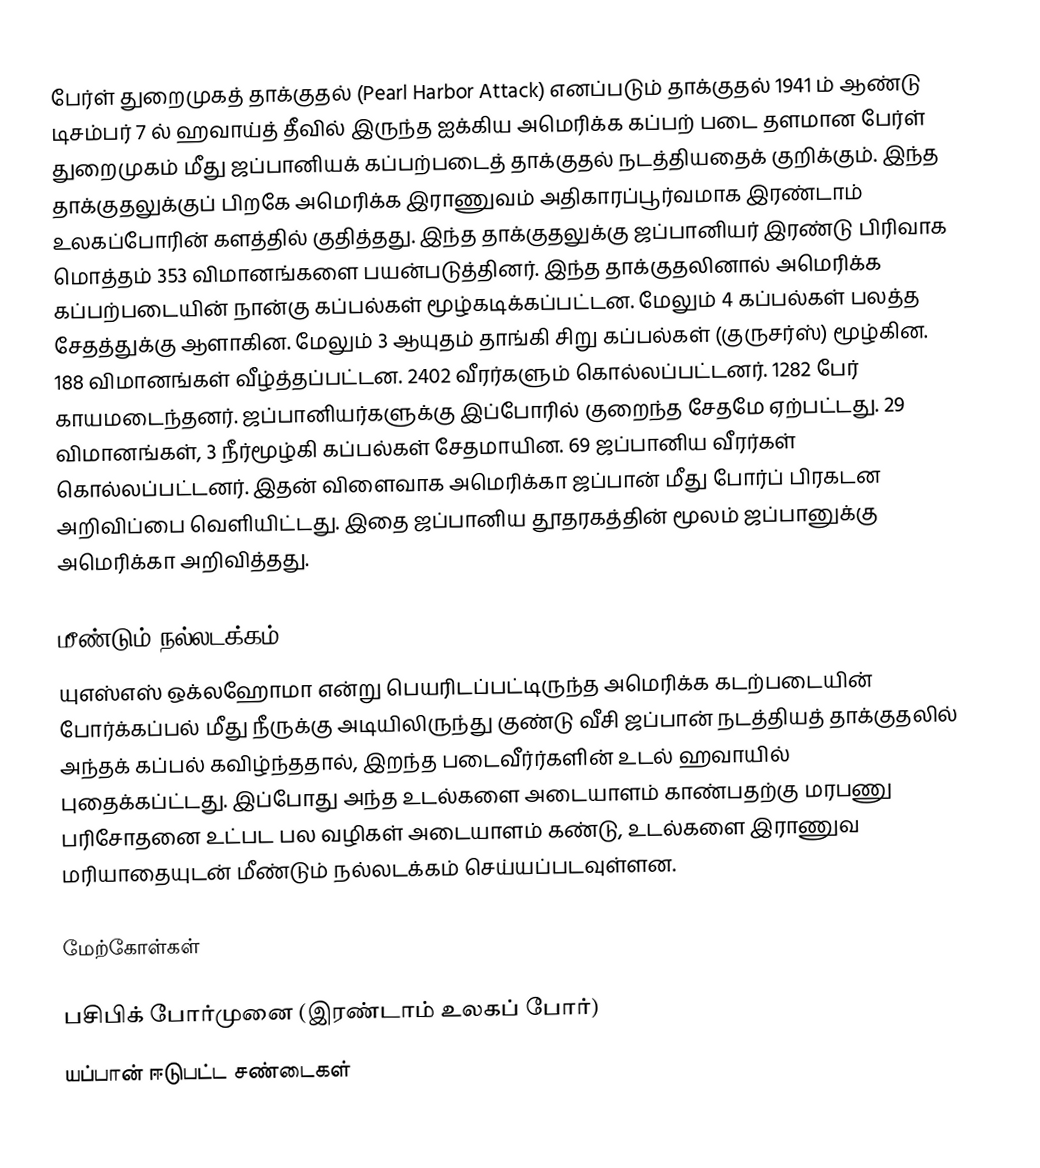
பேர்ள் துறைமுகத் தாக்குதல் (Pearl Harbor Attack) எனப்படும் தாக்குதல் 1941 ம் ஆண்டு டிசம்பர் 7 ல் ஹவாய்த் தீவில் இருந்த ஐக்கிய அமெரிக்க கப்பற் படை தளமான பேர்ள் துறைமுகம் மீது ஜப்பானியக் கப்பற்படைத் தாக்குதல் நடத்தியதைக் குறிக்கும். இந்த தாக்குதலுக்குப் பிறகே அமெரிக்க இராணுவம் அதிகாரப்பூர்வமாக இரண்டாம் உலகப்போரின் களத்தில் குதித்தது. இந்த தாக்குதலுக்கு ஜப்பானியர் இரண்டு பிரிவாக மொத்தம் 353 விமானங்களை பயன்படுத்தினர். இந்த தாக்குதலினால் அமெரிக்க கப்பற்படையின் நான்கு கப்பல்கள் மூழ்கடிக்கப்பட்டன. மேலும் 4 கப்பல்கள் பலத்த சேதத்துக்கு ஆளாகின. மேலும் 3 ஆயுதம் தாங்கி சிறு கப்பல்கள் (குருசர்ஸ்) மூழ்கின. 188 விமானங்கள் வீழ்த்தப்பட்டன. 2402 வீரர்களும் கொல்லப்பட்டனர். 1282 பேர் காயமடைந்தனர். ஜப்பானியர்களுக்கு இப்போரில் குறைந்த சேதமே ஏற்பட்டது. 29 விமானங்கள், 3 நீர்மூழ்கி கப்பல்கள் சேதமாயின. 69 ஜப்பானிய வீரர்கள் கொல்லப்பட்டனர். இதன் விளைவாக அமெரிக்கா ஜப்பான் மீது போர்ப் பிரகடன அறிவிப்பை வெளியிட்டது. இதை ஜப்பானிய தூதரகத்தின் மூலம் ஜப்பானுக்கு அமெரிக்கா அறிவித்தது.

மீண்டும் நல்லடக்கம்
யுஎஸ்எஸ் ஒக்லஹோமா என்று பெயரிடப்பட்டிருந்த அமெரிக்க கடற்படையின் போர்க்கப்பல் மீது நீருக்கு அடியிலிருந்து குண்டு வீசி ஜப்பான் நடத்தியத் தாக்குதலில் அந்தக் கப்பல் கவிழ்ந்ததால், இறந்த படைவீர்ர்களின் உடல் ஹவாயில் புதைக்கப்ட்டது. இப்போது அந்த உடல்களை அடையாளம் காண்பதற்கு மரபணு பரிசோதனை உட்பட பல வழிகள் அடையாளம் கண்டு, உடல்களை இராணுவ மரியாதையுடன் மீண்டும் நல்லடக்கம் செய்யப்படவுள்ளன.

மேற்கோள்கள்

பசிபிக் போர்முனை (இரண்டாம் உலகப் போர்)
யப்பான் ஈடுபட்ட சண்டைகள்